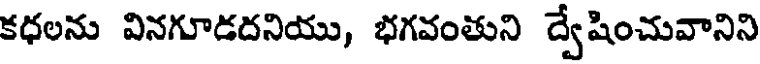
కధలను వినగూడదనియు, భగవంతుని ద్వేషించువానిని